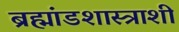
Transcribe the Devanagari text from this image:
ब्रह्मांडशास्त्राशी